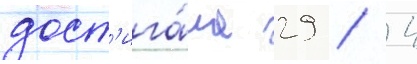
дост'ига́ла 29 / 4